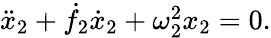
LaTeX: \begin{array}{r}{\ddot{x}_{2}+\dot{f}_{2}\dot{x}_{2}+\omega_{2}^{2}x_{2}=0.}\end{array}